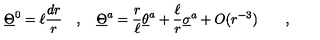
\underline { { \Theta } } ^ { 0 } = \ell { \frac { d r } { r } } \quad , \quad \underline { { \Theta } } ^ { a } = { \frac { r } { \ell } } \underline { { \theta } } ^ { a } + { \frac { \ell } { r } } \underline { { \sigma } } ^ { a } + O ( r ^ { - 3 } ) \qquad ,